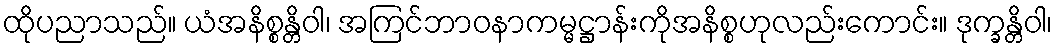
ထိုပညာသည်။ ယံအနိစ္စန္တိဝါ၊ အကြင်ဘာဝနာကမ္မဋ္ဌာန်းကိုအနိစ္စဟုလည်းကောင်း။ ဒုက္ခန္တိဝါ၊